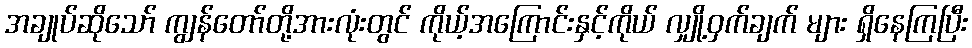
အချုပ်ဆိုသော် ကျွန်တော်တို့အားလုံးတွင် ကိုယ့်အကြောင်းနှင့်ကိုယ် လျှို့ဝှက်ချက် များ ရှိနေကြပြီး